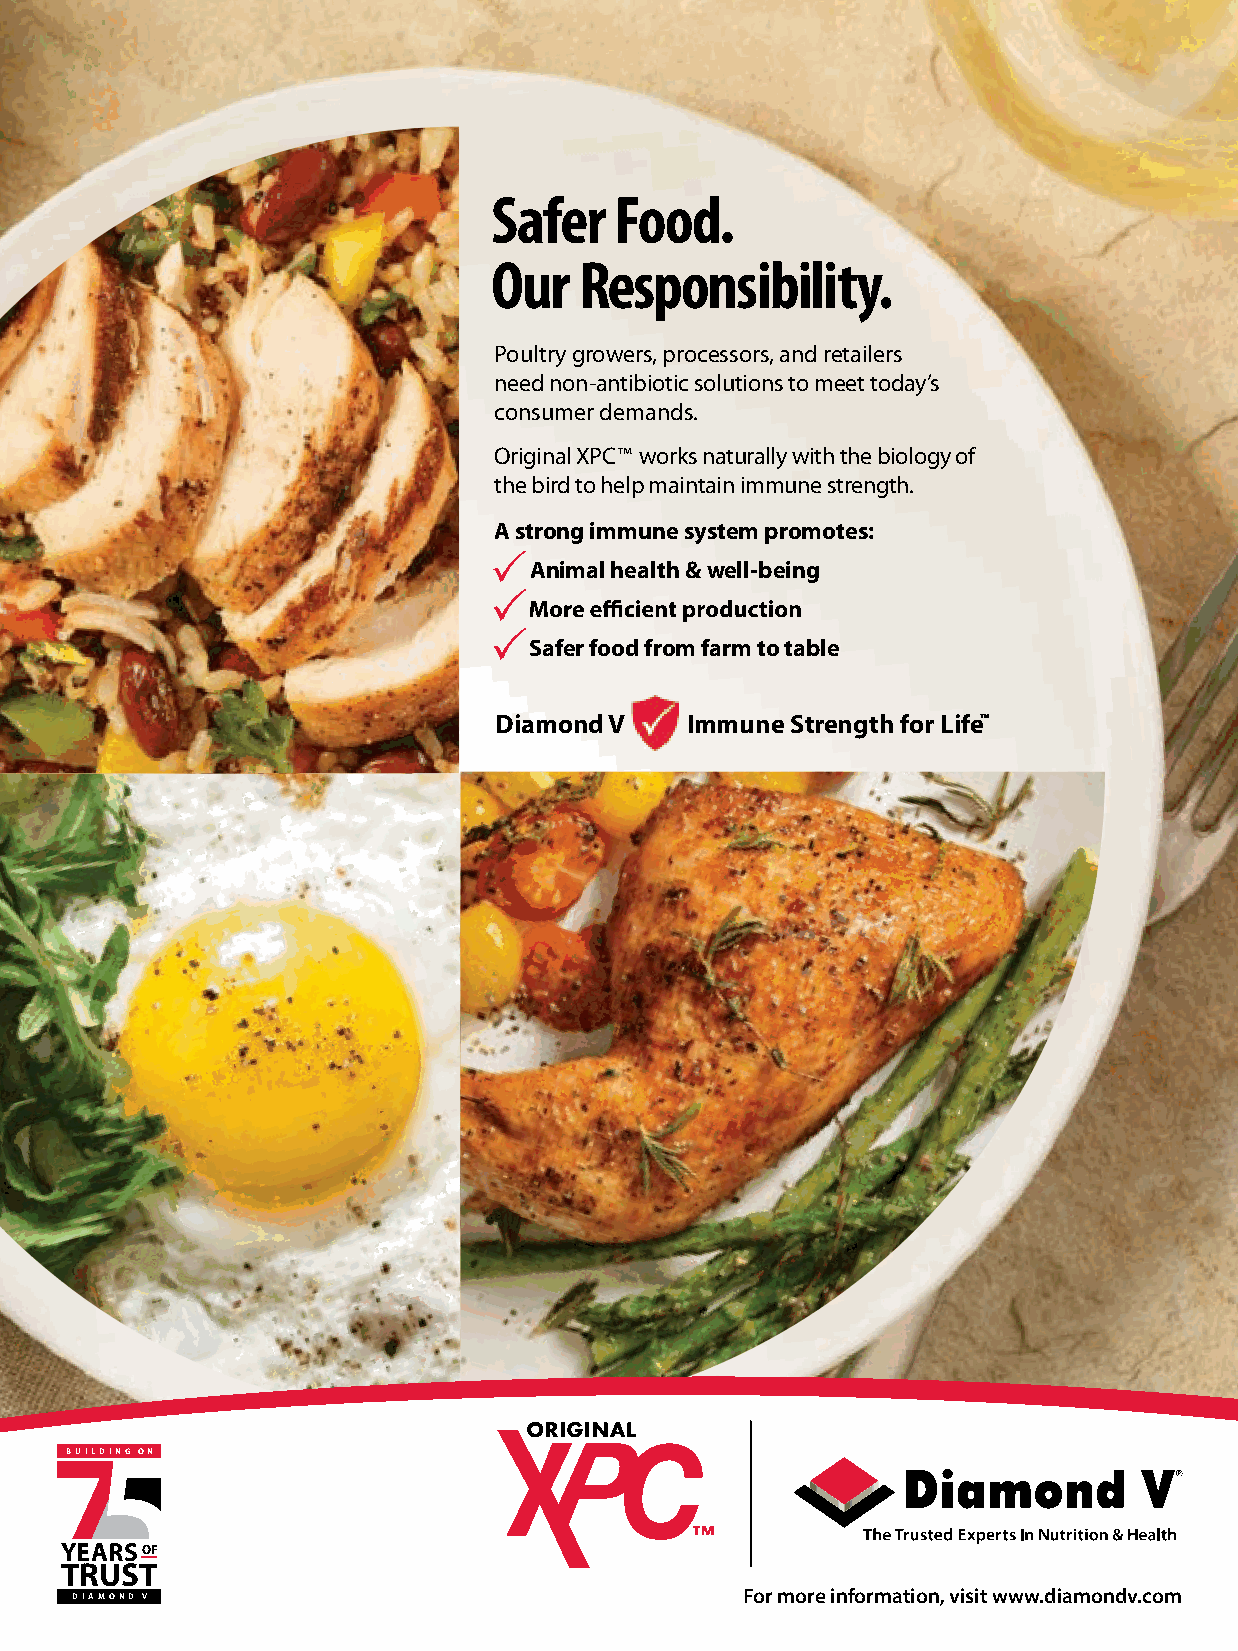
Safer   Food.
 Our  Responsibility.
 Poultry growers, processors, and retailers
 need non-antibiotic solutions to meet today’s
 consumer demands.
 Original XPC™ works naturally with the biology of
 the bird to help maintain immune strength.
 A strong immune system promotes:
 
 Animal health & well-being
 
 
 Safer food from farm to table
 Diamond V   Immune Strength for Life™
 7B U I L5 D I N G O N
 YEARS OF
 TRUST
 D I A M O N D V                             For more information, visit www.diamondv.com
 VOL. 13, NO. 4 / FALL 2018 / URNER BARRY’S REPORTER • 27